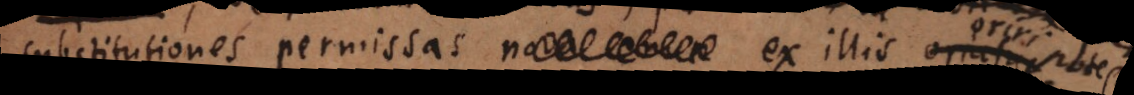
substitutiones permissas ex illis ori